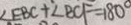
\angle E B C + \angle B C F = 1 8 0 ^ { \circ }